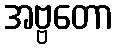
အဗ္ဗတော